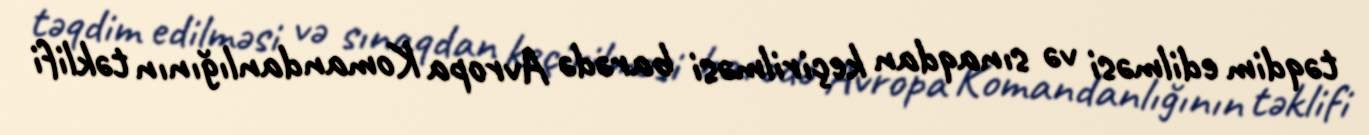
təqdim edilməsi və sınaqdan keçirilməsi barədə Avropa Komandanlığının təklifi